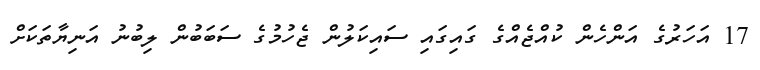
17 އަހަރުގެ އަންހެން ކުއްޖެއްގެ ގައިގައި ސައިކަލުން ޖެހުމުގެ ސަބަބުން ލިބުނު އަނިޔާތަކަށް